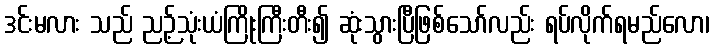
ဒင်းမလား သည် ညဉ့်သုံးယံကြိုးကြီးတီး၍ ဆုံးသွားပြီဖြစ်သော်လည်း ရပ်လိုက်ရမည်လော၊